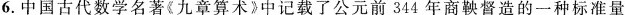
6.中国古代数学名著《九章算术》中记载了公元前344年商鞅督造的一种标准量